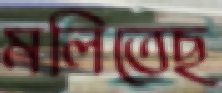
মলিতেছ